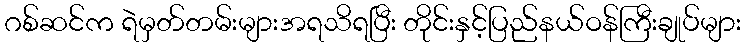
ဂစ်ဆင်က ရဲမှတ်တမ်းများအရသိရပြီး တိုင်းနှင့်ပြည်နယ်ဝန်ကြီးချုပ်များ